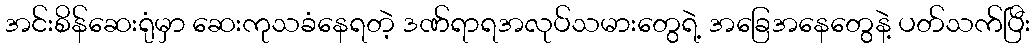
အင်းစိန်ဆေးရုံမှာ ဆေးကုသခံနေရတဲ့ ဒဏ်ရာရအလုပ်သမားတွေရဲ့ အခြေအနေတွေနဲ့ ပတ်သက်ပြီး